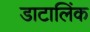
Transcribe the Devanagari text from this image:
डाटालिंक